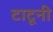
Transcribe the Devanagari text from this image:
टाटूनी